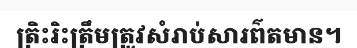
ត្រិះរិះត្រឹមត្រូវសំរាប់សារព៌តមាន។